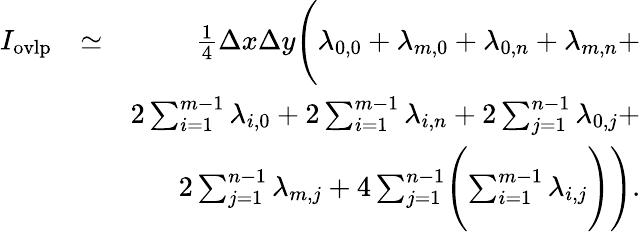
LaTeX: \begin{array}{rlr}{I_{\mathrm{ovlp}}}&{\simeq}&{\frac{1}{4}\Delta x\Delta y\Biggl(\lambda_{0,0}+\lambda_{m,0}+\lambda_{0,n}+\lambda_{m,n}+}\\ &{}&{2\sum_{i=1}^{m-1}\lambda_{i,0}+2\sum_{i=1}^{m-1}\lambda_{i,n}+2\sum_{j=1}^{n-1}\lambda_{0,j}+}\\ &{}&{2\sum_{j=1}^{n-1}\lambda_{m,j}+4\sum_{j=1}^{n-1}\Biggl(\sum_{i=1}^{m-1}\lambda_{i,j}\Biggr)\Biggr).}\end{array}